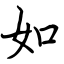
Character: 如